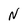
Character: N